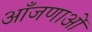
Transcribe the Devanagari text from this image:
आँजणाओं